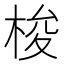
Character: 梭